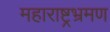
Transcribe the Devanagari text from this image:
महाराष्ट्रभ्रमण